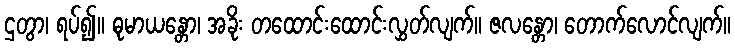
ဌတွာ၊ ရပ်၍။ ဓုမာယန္တော၊ အခိုး တထောင်းထောင်းလွှတ်လျက်။ ဇလန္တော၊ တောက်လောင်လျက်။